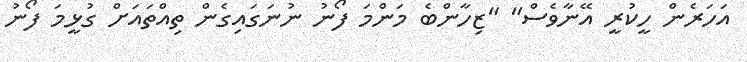
އަހަރެން ހީކުރީ އޭނާވެސް" "ޒިހާންބެ މަންމަ ފޯނު ނުނަގައިގެން ތިއްތައަށް ގުޅީމަ ފޯނު